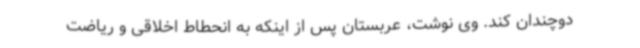
دوچندان کند. وی نوشت، عربستان پس از اینکه به انحطاط اخلاقی و ریاضت